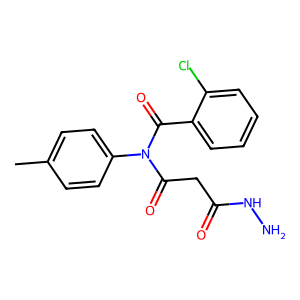
SMILES: Cc1ccc(N(C(=O)CC(=O)NN)C(=O)c2ccccc2Cl)cc1
Inhibits HIV replication: No